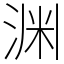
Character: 渊